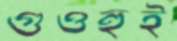
গুওহুই